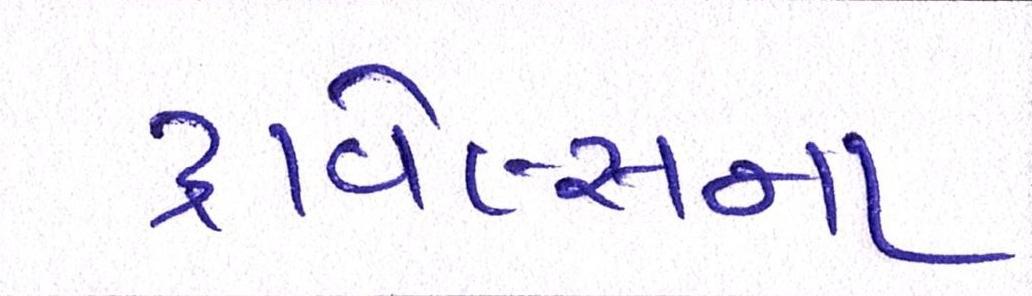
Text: ટ્રાવેલ્સના